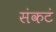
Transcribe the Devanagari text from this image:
संकटं